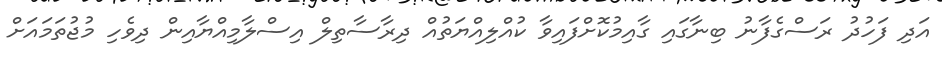
އަދި ފަހުދު ރަސްގެފާނު ބިނާގައި ގާއިމުކޮށްފައިވާ ކުއްލިއްޔަތުއް ދިރާސާތިލް އިސްލާމިއްޔާއިން ދިވެހި މުޖުތަމައަށް